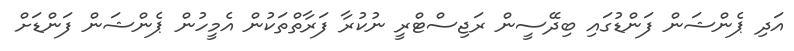
އަދި ޕެންޝަން ފަންޑުގައި ބިދޭސީން ރަޖިސްޓްރީ ނުކުރާ ފަރާތްތަކުން އެމީހުން ޕެންޝަން ފަންޑަށް